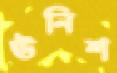
ঊনিশ